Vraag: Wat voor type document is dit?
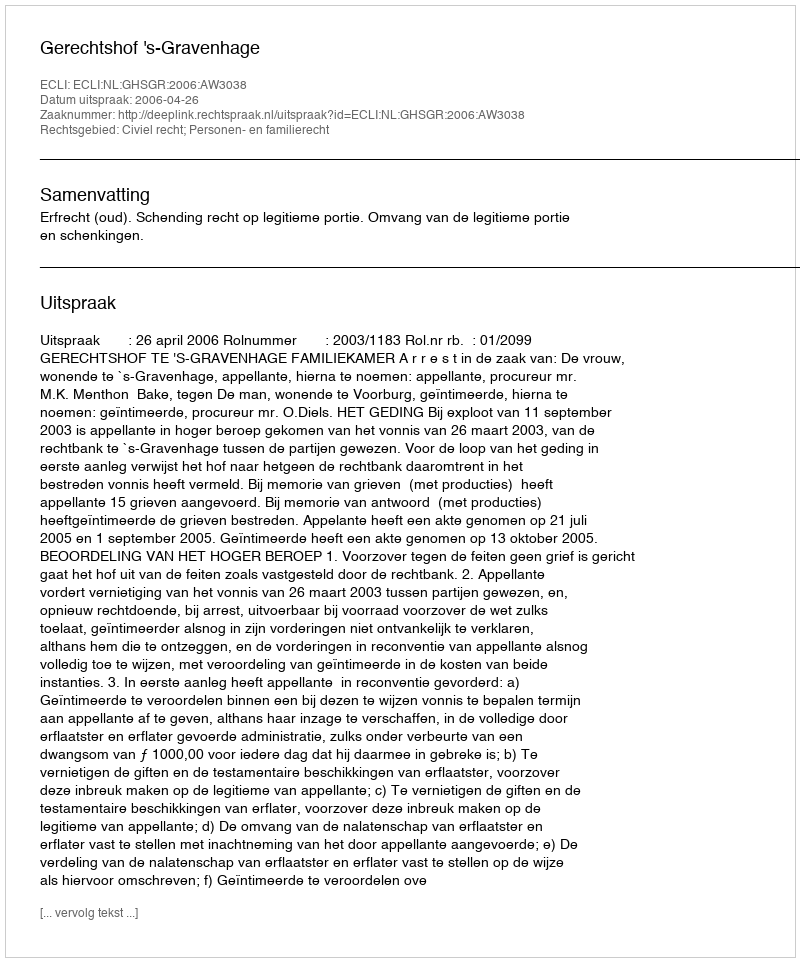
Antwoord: Uitspraak